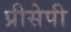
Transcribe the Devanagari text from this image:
प्रीसेपी